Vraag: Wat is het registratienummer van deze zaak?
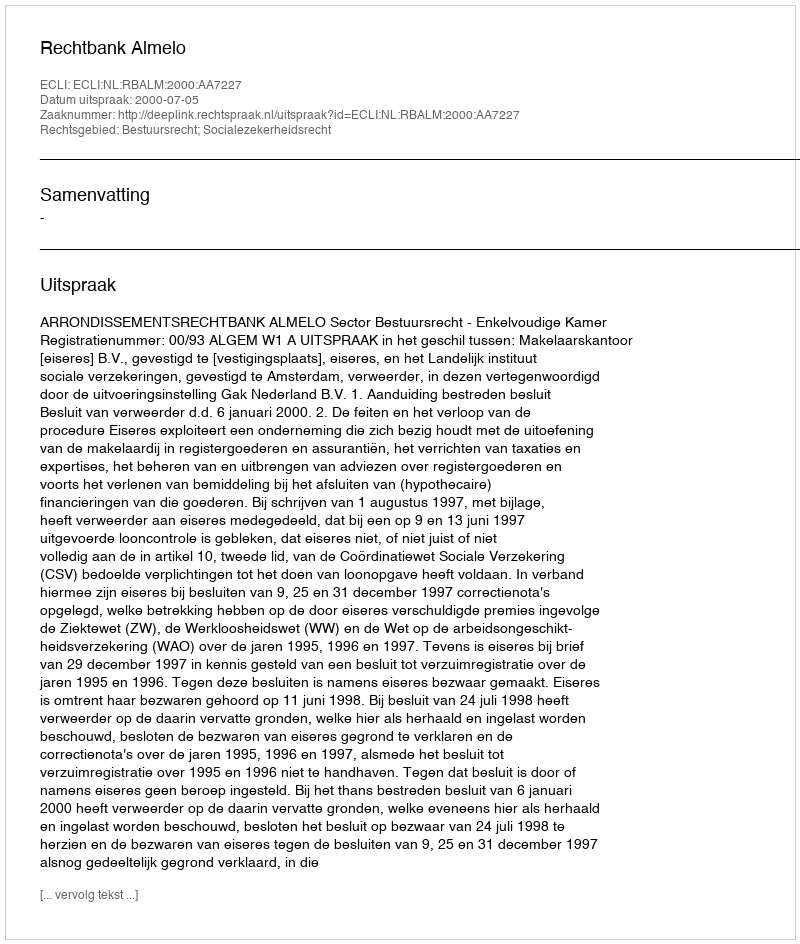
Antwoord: http://deeplink.rechtspraak.nl/uitspraak?id=ECLI:NL:RBALM:2000:AA7227